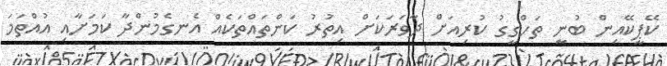
ކޭޕީކޭއިން ބުނީ ތަހްގީގު ކުރިއަށް ދާވަރަކަށް އިތުރު ކަންތައްތަކެއް އެނގެމުންދާ ކަމަށާއި އުއްތަމަ